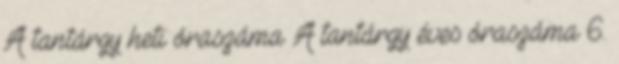
A tantárgy heti óraszáma A tantárgy éves óraszáma 6.